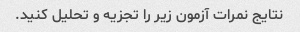
نتایج نمرات آزمون زیر را تجزیه و تحلیل کنید.